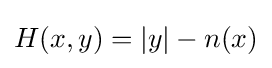
H(x,y)=|y|-n(x)